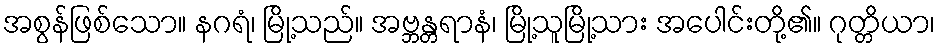
အစွန်ဖြစ်သော။ နဂရံ၊ မြို့သည်။ အဗ္ဘန္တရာနံ၊ မြို့သူမြို့သား အပေါင်းတို့၏။ ဂုတ္တိယာ၊